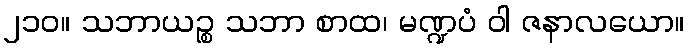
၂၁၀။ သဘာယဉ္စ သဘာ စာထ၊ မဏ္ဍပံ ဝါ ဇနာလယော။